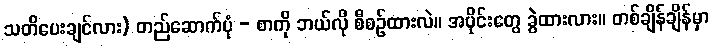
သတိပေးချင်လား) တည်ဆောက်ပုံ - စာကို ဘယ်လို စီစဉ်ထားလဲ။ အပိုင်းတွေ ခွဲထားလား။ တစ်ချိန်ချိန်မှာ